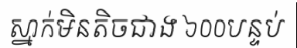
ស្នាក់មិនតិចជាង ៦០០បន្ទប់